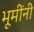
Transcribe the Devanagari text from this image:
भूमींनी